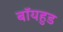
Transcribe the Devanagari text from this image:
बॉयहुड